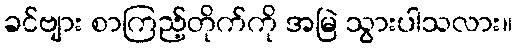
ခင်ဗျား စာကြည့်တိုက်ကို အမြဲ သွားပါသလား။